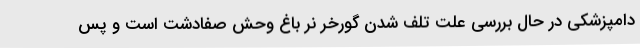
دامپزشکی در حال بررسی علت تلف شدن گورخر نر باغ وحش صفادشت است و پس